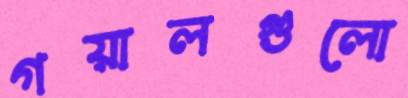
গয়ালগুলো